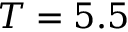
T = 5 . 5